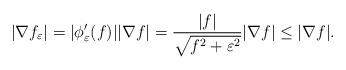
LaTeX: \begin{align*} |\nabla f_{\varepsilon}| = |\phi'_{\varepsilon}(f)||\nabla f| = \frac{|f|}{\sqrt{f^2+\varepsilon^2}}|\nabla f| \leq |\nabla f|. \end{align*}